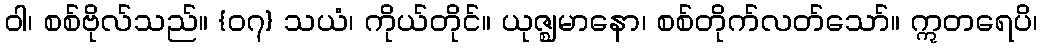
ဝါ၊ စစ်ဗိုလ်သည်။ {၀၇} သယံ၊ ကိုယ်တိုင်။ ယုဇ္ဈမာနော၊ စစ်တိုက်လတ်သော်။ ဣတရေပိ၊